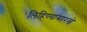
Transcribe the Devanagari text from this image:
लिहिण्यासारखे